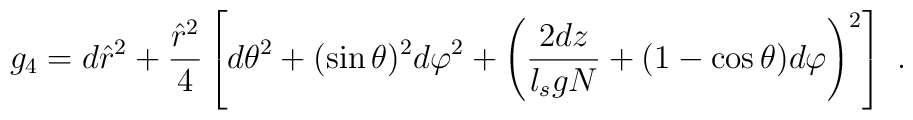
g_4 = d\hat{r}^2 + \frac{\hat{r}^2}{4}\left[d\theta^2 + (\sin\theta)^2  d\varphi^2 + \left(\frac{2 dz}{l_s g N} +   (1-\cos\theta)d\varphi\right)^2\right]~.